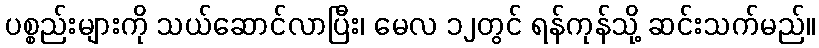
ပစ္စည်းများကို သယ်ဆောင်လာပြီး၊ မေလ ၁၂တွင် ရန်ကုန်သို့ ဆင်းသက်မည်။